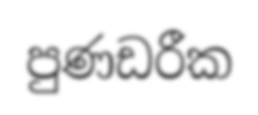
පුණඩරීක